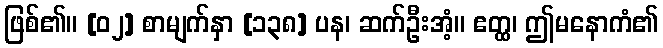
ဖြစ်၏။ [၀၂] စာမျက်နှာ [၁၃၈] ပန၊ ဆက်ဦးအံ့။ ဧတ္ထ၊ ဤမနောကံ၏